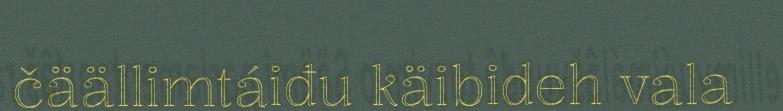
čäällimtáiđu käibideh vala